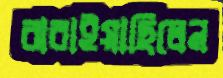
ঝরাইয়াছিলেন